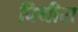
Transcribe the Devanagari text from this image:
विथीस